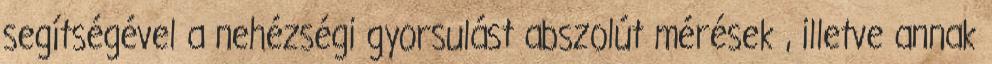
segítségével a nehézségi gyorsulást abszolút mérések , illetve annak